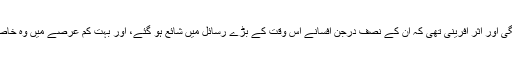
ان کی تحریروں میں اس قدر پختگی اور اثر آفرینی تھی کہ ان کے نصف درجن افسانے اس وقت کے بڑے رسائل میں شائع ہو گئے، اور بہت کم عرصے میں وہ خاصے معروف افسانہ نگار بن گئے۔